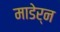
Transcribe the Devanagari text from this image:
माडेर्न